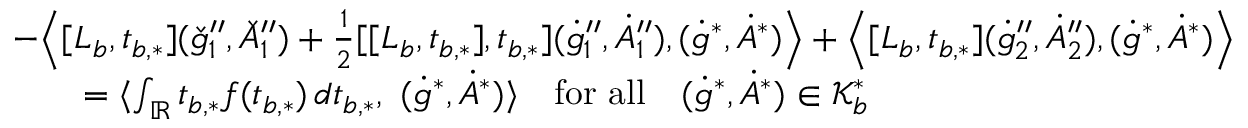
\begin{array} { r l } & { - \Big \langle [ L _ { b } , t _ { b , * } ] ( \check { g } _ { 1 } ^ { \prime \prime } , \check { A } _ { 1 } ^ { \prime \prime } ) + \frac { 1 } { 2 } [ [ L _ { b } , t _ { b , * } ] , t _ { b , * } ] ( \dot { g } _ { 1 } ^ { \prime \prime } , \dot { A } _ { 1 } ^ { \prime \prime } ) , ( \dot { g } ^ { * } , \dot { A } ^ { * } ) \Big \rangle + \Big \langle [ L _ { b } , t _ { b , * } ] ( \dot { g } _ { 2 } ^ { \prime \prime } , \dot { A } _ { 2 } ^ { \prime \prime } ) , ( \dot { g } ^ { * } , \dot { A } ^ { * } ) \Big \rangle } \\ & { \quad \quad = \langle \int _ { \mathbb { R } } t _ { b , * } f ( t _ { b , * } ) \, d t _ { b , * } , \ ( \dot { g } ^ { * } , \dot { A } ^ { * } ) \rangle \quad \mathrm { f o r ~ a l l } \quad ( \dot { g } ^ { * } , \dot { A } ^ { * } ) \in \mathcal { K } _ { b } ^ { * } } \end{array}